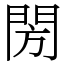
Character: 閍